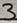
Text: 3